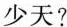
少天?